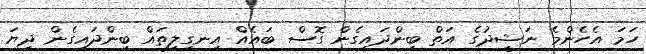
ހަމަ އެހެންމެ ނަޝީދުގެ އަތް ބިންދައިގެން ގޮސް ބައެއް އިނގިލިތައް ބިންދައިގެން ދިޔަ